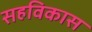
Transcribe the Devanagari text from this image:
सहविकास